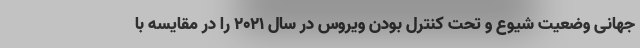
جهانی وضعیت شیوع و تحت کنترل بودن ویروس در سال 2021 را در مقایسه با